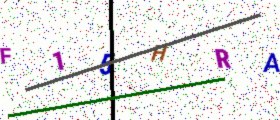
Text: F15HRA